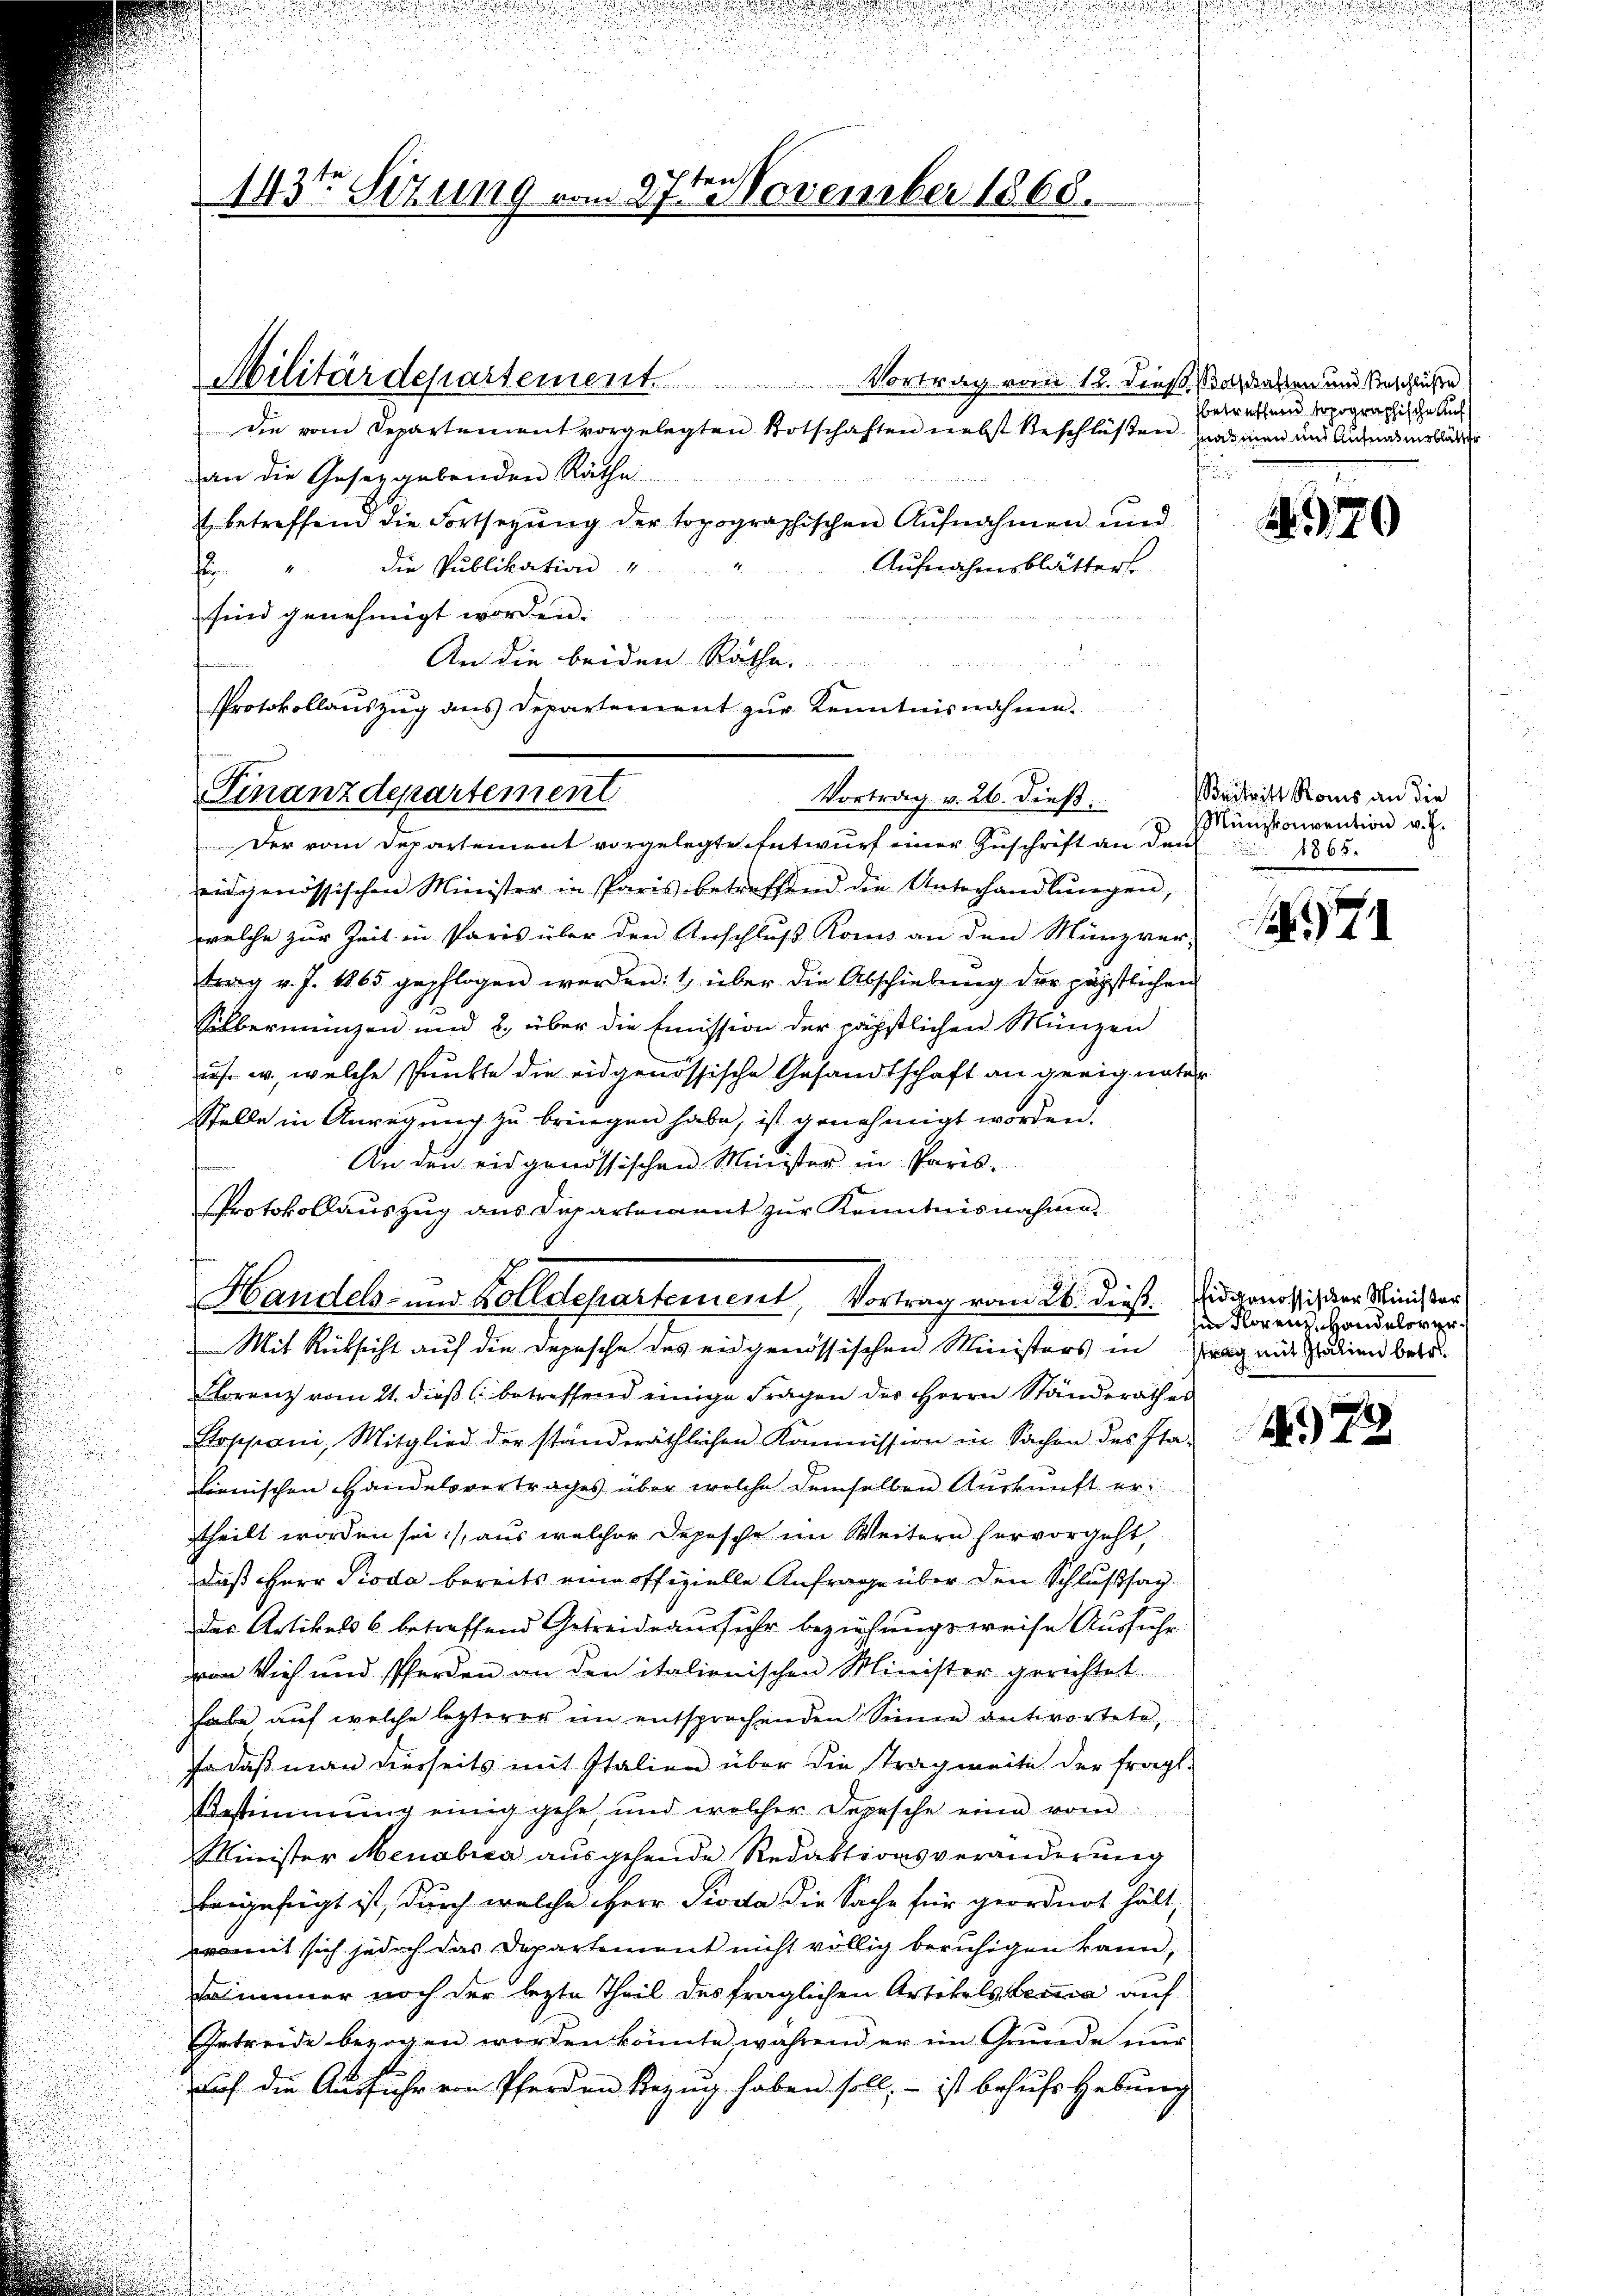
Militärdepartement. Vortrag vom 12. dieß, Soldaten und Anschlüße
die vom Departement vorgelegten Botschaften nebst beschlüßen, namen und Aufnahmsblätte
an die Gesetzgebenden Räthe
 betreffend die Fortsezung der topographischen Aufnahmen und
Aufnahmsblätter
die Publikation
f
sind genehmigt worden.

An die beiden Räthe
  nur in war in einen
s
Protokollauszug aus Departement zur Kenntnisnahme.
Der vom Departement vorgelegte Entwurf einer Zuschrift an den 1865.
eidgenössischen Minister in Paris betreffend die Unterhandlŭngen,
welche zur Zeit in Paris über den Anschluß Komis an den Münzver-
trag v. J. 1865 gepflogen worden: 1 über die Abschiebung der päpstlichen
Silbermünzen und 2., über die Emission der päpstlichen Münzen
is. w., welche Punkte die eidgenössische Gesandtschaft an greig unter
Stelle in Anregung zu bringen habe, ist genehmigt worden.
An den eidgenössischen Minister in Paris.
PProtokollauszug aus Departement zur Kenntnisnahmen
Handels- und Bolletepartement, Vortrag vom 26. dieß. Eidgenössich der Minister
Mit Rücksicht auf die Depesche des eidgenössischen Ministers in trag mit Freien betr.
Florenz vom 21. dieß l. betreffend einige Fragen des Herrn Ständerathen
Stoppani, Mitglied der ständeräthlichen Kommission in Sachen des Sta-
lienischen Handelsvertrages über welche demselben Auskunft er
theilt worden sei, aus welcher Depesche im Weitern hervorgeht,
daß Herr Pioda bereits eine offizielle Anfrage über den Schlußsag
des Artikels 6 betreffend Getreide ausfuhr beziehungsweise Ausfuhr
von Vieh und Pferden an den italienischen Minister gerichtet
habe auf welche letzterer im entsprechenden Sinne antwortete,
Ja daß man dierseits mit Italien über die strag weite der fragt
Bestimmung einig gehe, und welcher Depesche eine vom
Minister Menabrea ausgehende Redaktionsveränderung
beigefügt ist, durch welche Herr Pioda die Sache für geordnet hält
womit sich jedoch das Departement nicht völlig beruhigen kann,
immer noch der lezte Theil des fraglichen Artikels Lemma auf
Getreide bezogen werden könnte während er im Grunde nur
auch die Ausführ von Pferden Bezug haben soll, – ist behufs Hebung

143 Sizung vom 27ten November 1868.

Finanzdepartement Vortrag v. 26. dieβ.

betreffend topographische Auf
t

.

79

Beitritt Roms an die
Münzkonvention v. J.

71

in Norenz, Handelsver¬

478